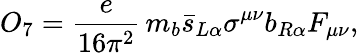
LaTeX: O_{7}=\displaystyle{\frac{e}{16\pi^{2}}}\, m_{b}\bar{s}_{L\alpha}\sigma^{\mu\nu}b_{R\alpha}F_{\mu\nu},